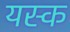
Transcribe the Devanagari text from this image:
यस्क